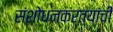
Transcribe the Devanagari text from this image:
संशोधनकर्त्यांची